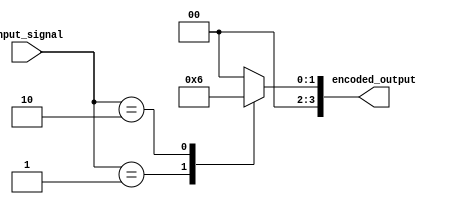
module encoder (
  input wire [7:0] input_signal,
  output reg [3:0] encoded_output
);
  
  always @* begin
    case(input_signal)
      8'b0000_0001: encoded_output = 4'b0001; // Priority encoding for input signal 0000_0001
      8'b0000_0010: encoded_output = 4'b0010; // Priority encoding for input signal 0000_0010
      // Add more cases for other input signals
      default: encoded_output = 4'b0000; // Default output if input signal does not match any case
    endcase
  end
  
endmodule